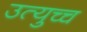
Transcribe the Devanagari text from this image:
उत्युच्च